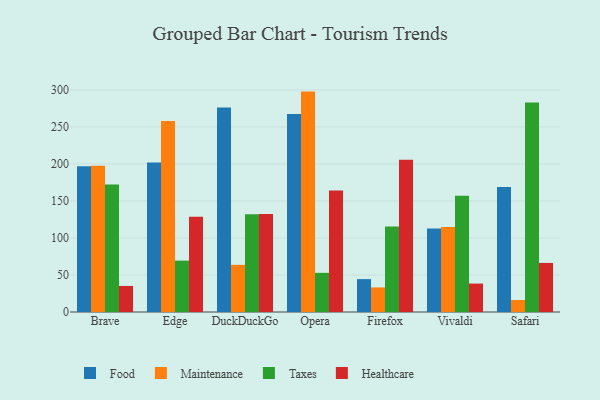
{"axis": {"x": "Browser", "y": "Latency (ms)"}, "legend": ["Food", "Healthcare", "Maintenance", "Taxes"], "data": [{"x": "Brave", "y": 196.8, "type": "Food"}, {"x": "Brave", "y": 197.6, "type": "Maintenance"}, {"x": "Brave", "y": 172.2, "type": "Taxes"}, {"x": "Brave", "y": 35.2, "type": "Healthcare"}, {"x": "Edge", "y": 201.9, "type": "Food"}, {"x": "Edge", "y": 258.0, "type": "Maintenance"}, {"x": "Edge", "y": 69.4, "type": "Taxes"}, {"x": "Edge", "y": 128.7, "type": "Healthcare"}, {"x": "DuckDuckGo", "y": 276.1, "type": "Food"}, {"x": "DuckDuckGo", "y": 63.7, "type": "Maintenance"}, {"x": "DuckDuckGo", "y": 132.2, "type": "Taxes"}, {"x": "DuckDuckGo", "y": 132.4, "type": "Healthcare"}, {"x": "Opera", "y": 267.3, "type": "Food"}, {"x": "Opera", "y": 297.7, "type": "Maintenance"}, {"x": "Opera", "y": 52.9, "type": "Taxes"}, {"x": "Opera", "y": 164.2, "type": "Healthcare"}, {"x": "Firefox", "y": 44.4, "type": "Food"}, {"x": "Firefox", "y": 33.2, "type": "Maintenance"}, {"x": "Firefox", "y": 115.5, "type": "Taxes"}, {"x": "Firefox", "y": 205.6, "type": "Healthcare"}, {"x": "Vivaldi", "y": 112.8, "type": "Food"}, {"x": "Vivaldi", "y": 114.7, "type": "Maintenance"}, {"x": "Vivaldi", "y": 156.9, "type": "Taxes"}, {"x": "Vivaldi", "y": 38.4, "type": "Healthcare"}, {"x": "Safari", "y": 168.7, "type": "Food"}, {"x": "Safari", "y": 16.2, "type": "Maintenance"}, {"x": "Safari", "y": 282.9, "type": "Taxes"}, {"x": "Safari", "y": 66.3, "type": "Healthcare"}]}